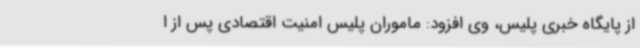
از پایگاه خبری پلیس، وی افزود: ماموران پلیس امنیت اقتصادی پس از ا